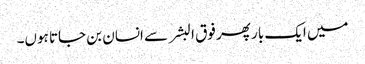
میں ایک بار پھر فوق البشر سے انسان بن جاتا ہوں۔